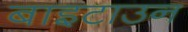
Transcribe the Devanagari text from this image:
बाइटाउन